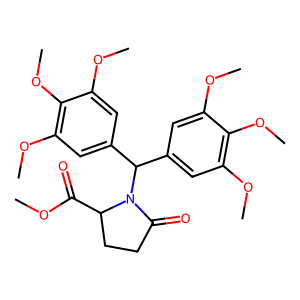
SMILES: COC(=O)C1CCC(=O)N1C(c1cc(OC)c(OC)c(OC)c1)c1cc(OC)c(OC)c(OC)c1
Inhibits HIV replication: No